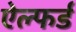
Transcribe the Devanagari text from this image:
ऐल्फर्ड